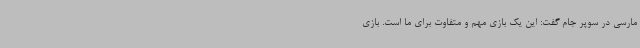
مارسی در سوپر جام گفت: این یک بازی مهم و متفاوت برای ما است. بازی